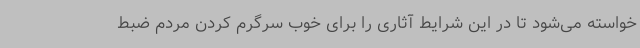
خواسته می‌شود تا در این شرایط آثاری را برای خوب سرگرم کردن مردم ضبط